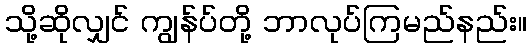
သို့ဆိုလျှင် ကျွန်ပ်တို့ ဘာလုပ်ကြမည်နည်း။